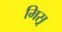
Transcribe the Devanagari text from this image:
मिस्र्